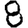
Digit: 8